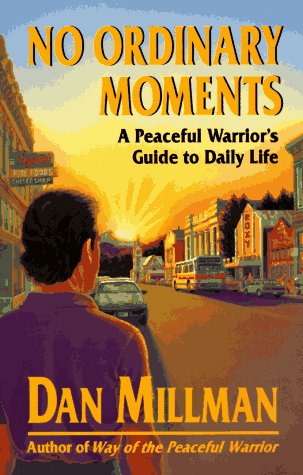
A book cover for No Ordinary Moments: A Peaceful Warrior's Guide to Daily Life (Millman, Dan); Dan Millman; Health, Fitness & Dieting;